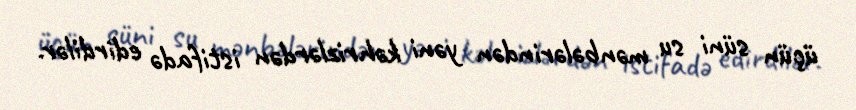
üçün süni su mənbələrindən yəni kəhrizlərdən istifadə edirdilər.